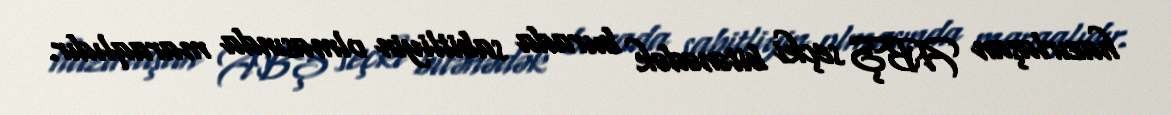
hazırlaşan ABŞ seçki bitənədək burada sabitliyin olmasında maraqlıdır.